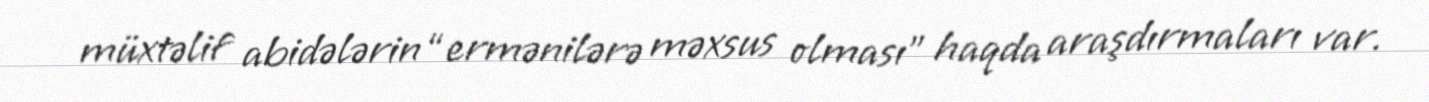
müxtəlif abidələrin “ermənilərə məxsus olması” haqda araşdırmaları var.